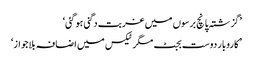
’گزشتہ پانچ برسوں میں غربت دگنی ہو گئی‘
’ کاروبار دوست بجٹ مگر ٹیکس میں اضافہ بلاجواز‘